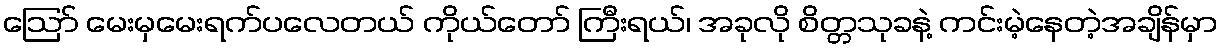
ဪ မေးမှမေးရက်ပလေတယ် ကိုယ်တော် ကြီးရယ်၊ အခုလို စိတ္တသုခနဲ့ ကင်းမဲ့နေတဲ့အချိန်မှာ